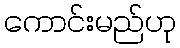
ကောင်းမည်ဟု